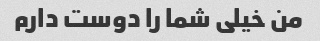
من خیلی شما را دوست دارم